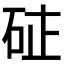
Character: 𮀗